Civil Veterinary Department. Central Provinces & Berar 1932-41 - 1932-1941
Year: 1932
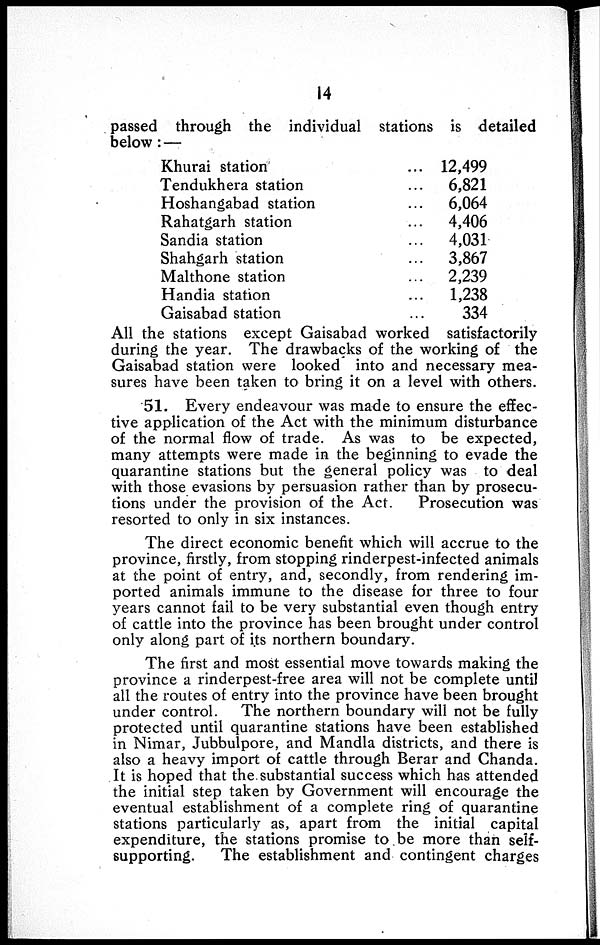
14
passed through the individual stations is detailed
below:—
Khurai station
...
Tendukhera station ...
Hoshangabad station
...
Rahatgarh station ...
Sandia station ...
Shahgarh station ...
Malthone station ...
Handia station
...
Gaisabad station ...
12,499
6,821
6,064
4,406
4,031
3,867
2,239
1,238
334
All the stations except Gaisabad worked satisfactorily
during the year. The drawbacks of the working of the
Gaisabad station were looked into and necessary mea-
sures have been taken to bring it on a level with others.
51. Every endeavour was made to ensure the effec-
tive application of the Act with the minimum disturbance
of the normal flow of trade. As was to be expected,
many attempts were made in the beginning to evade the
quarantine stations but the general policy was to deal
with those evasions by persuasion rather than by prosecu-
tions under the provision of the Act.
Prosecution was
resorted to only in six instances.
The direct economic benefit which will accrue to the
province, firstly, from stopping rinderpest-infected animals
at the point of entry, and, secondly, from rendering im-
ported animals immune to the disease for three to four
years cannot fail to be very substantial even though entry
of cattle into the province has been brought under control
only along part of its northern boundary.
The first and most essential move towards making the
province a rinderpest-free area will not be complete until
all the routes of entry into the province have been brought
under control. The northern boundary will not be fully
protected until quarantine stations have been established
in Nimar, Jubbulpore, and Mandla districts, and there is
also a heavy import of cattle through Berar and Chanda.
It is hoped that the substantial success which has attended
the initial step taken by Government will encourage the
eventual establishment of a complete ring of quarantine
stations particularly as, apart from the initial capital
expenditure, the stations promise to be more than self-
supporting.
The establishment and contingent charges